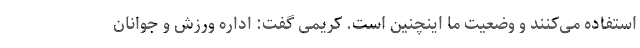
استفاده می‌کنند و وضعیت ما اینچنین است. کریمی گفت: اداره ورزش و جوانان